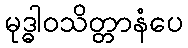
မုဒ္ဓါဝသိတ္တာနံပေ